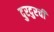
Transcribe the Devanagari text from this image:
दुरदुरची